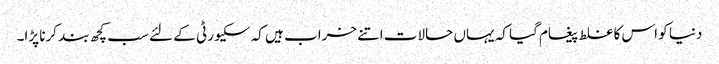
دنیا کو اس کا غلط پیغام گیا کہ یہاں حالات اتنے خراب ہیں کہ سکیورٹی کے لئے سب کچھ بند کرنا پڑا۔